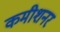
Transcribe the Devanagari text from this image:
कमीशनर